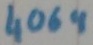
Text: 4069